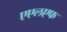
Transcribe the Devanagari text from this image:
एएलएफ